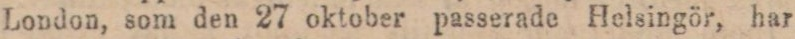
London, som den 27 oktober passerade Helsingör, har